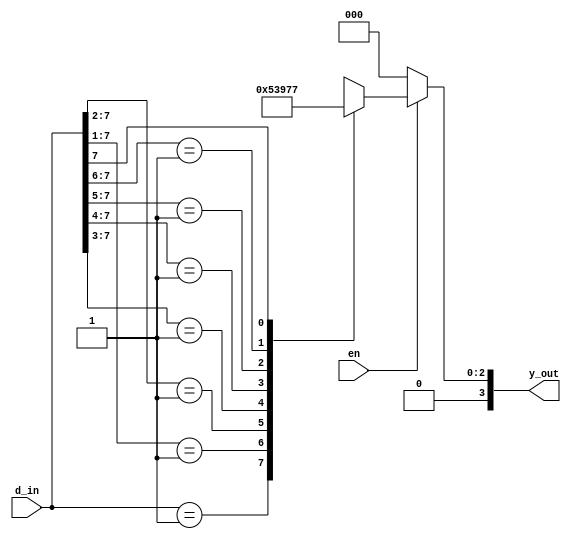
`timescale 1ns / 1ps
//////////////////////////////////////////////////////////////////////////////////
// Company: 
// Engineer: 
// 
// Design Name: 
// Module Name: priority_encoder_8to3
// Project Name: 
// Target Devices: 
// Tool Versions: 
// Description: 
// 
// Dependencies: 
// 
// Revision:
// Revision 0.01 - File Created
// Additional Comments:
// 
//////////////////////////////////////////////////////////////////////////////////
module priority_encoder_8to3(
                            input en,
                            input [7:0] d_in,
                            output reg [3:0] y_out);
always@*
    if(en=='b0)
    y_out='b0;
    else
        begin
        casex(d_in)
        8'b00000001:y_out=3'b000;
        8'b0000001x:y_out=3'b001;
        8'b000001xx:y_out=3'b010;
        8'b00001xxx:y_out=3'b011;
        8'b0001xxxx:y_out=3'b100;
        8'b001xxxxx:y_out=3'b101;
        8'b01xxxxxx:y_out=3'b110;
        8'b1xxxxxxx:y_out=3'b111;
        default: y_out=3'bxxx;
        endcase
        end
endmodule